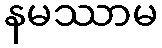
နမဿာမ